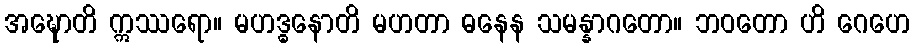
အဍ္ဎောတိ ဣဿရော။ မဟဒ္ဓနောတိ မဟတာ ဓနေန သမန္နာဂတော။ ဘဝတော ဟိ ဂေဟေ